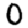
Digit: 0